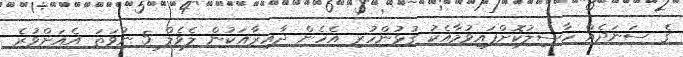
ގެ ސަނަދެއް ހާސިލުކޮށްފައިވުމާއެކު ގުޅުންހުރި އެހެން ދާއިރާއަކުން ލެވެލް 5 ނުވަތަ އެއަށްވުރެ